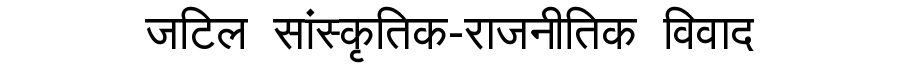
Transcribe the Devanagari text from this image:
जटिल सांस्कृतिक-राजनीतिक विवाद